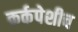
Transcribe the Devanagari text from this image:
कर्कपेशीच